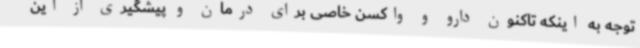
توجه به اینکه تاکنون دارو و واکسن خاصی برای درمان و پیشگیری از این